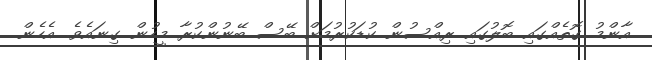
އާންމު ގޮތެއްގައި ބޮލުގައި ރިއްސުން ކުޑަކުރުމަށް ބޭސް ބޭނުންކުރާ މީހުން ގިނައެވެ. އެހެން